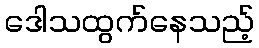
ဒေါသထွက်နေသည့်